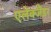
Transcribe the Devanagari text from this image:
एलेक्जैंडर